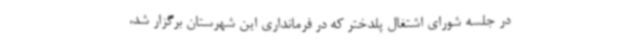
در جلسه شورای اشتغال پلدختر که در فرمانداری این شهرستان برگزار شد،